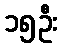
၁၅ဦး